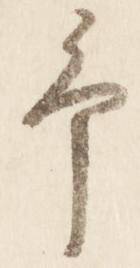
予